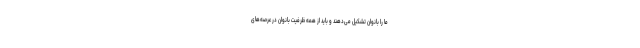
ما را بانوان تشکیل می‌دهند و باید از همه ظرفیت بانوان در عرصه‌های